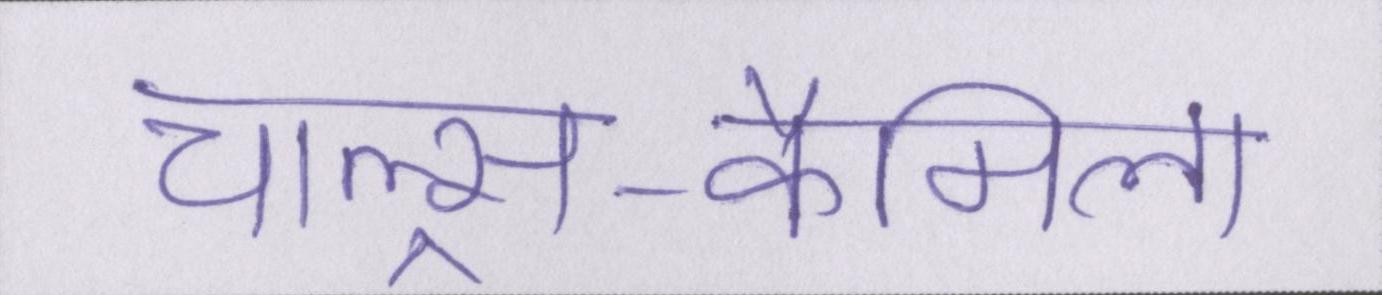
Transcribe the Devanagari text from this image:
चाल्र्स-कैमिला